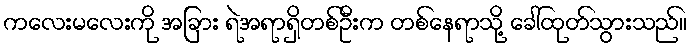
ကလေးမလေးကို အခြား ရဲအရာရှိတစ်ဦးက တစ်နေရာသို့ ခေါ်ထုတ်သွားသည်။